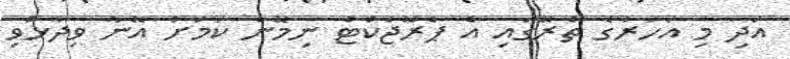
އަދި މި އަހަރުގެ ތެރޭގައި އެ ޕްރޮޖެކްޓް ނިމޭނެ ކަމަށް އޭނާ ވިދާޅުވި